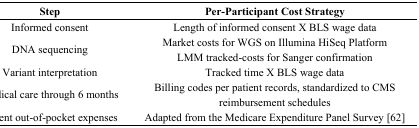
| Step | Per-Participant Cost Strategy |
 | --- | --- |
 | Informed consent | Length of informed consent X BLS wage data |
 | DNA sequencing | Market costs for WGS on Illumina HiSeq PlatformLMM tracked-costs for Sanger confirmation |
 | Variant interpretation | Tracked time X BLS wage data |
 | Medical care through 6 months | Billing codes per patient records, standardized to CMS reimbursement schedules |
 | Patient out-of-pocket expenses | Adapted from the Medicare Expenditure Panel Survey [62] |